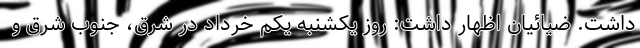
داشت. ضیائیان اظهار داشت: روز یکشنبه یکم خرداد در شرق، جنوب شرق و